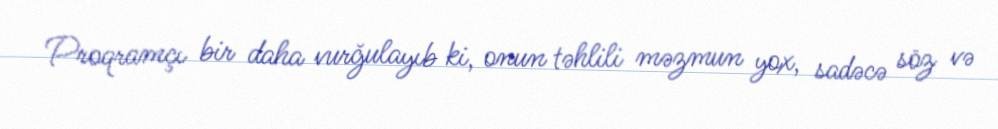
Proqramçı bir daha vurğulayıb ki, onun təhlili məzmun yox, sadəcə söz və